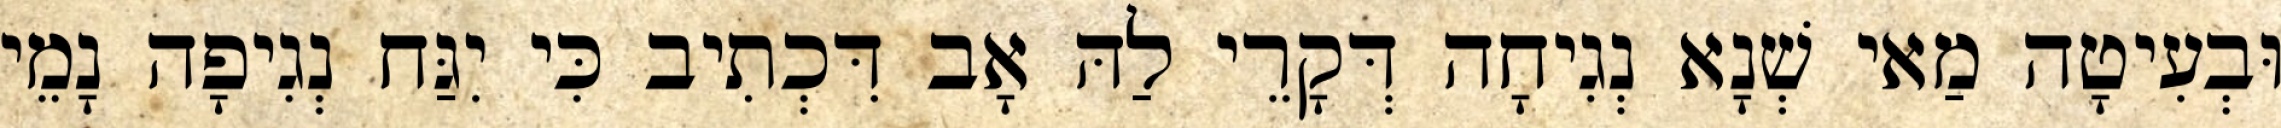
וּבְעִיטָה מַאי שְׁנָא נְגִיחָה דְּקָרֵי לַהּ אָב דִּכְתִיב כִּי יִגַּח נְגִיפָה נָמֵי